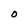
Character: O